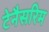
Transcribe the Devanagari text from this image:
टेनैसरिम